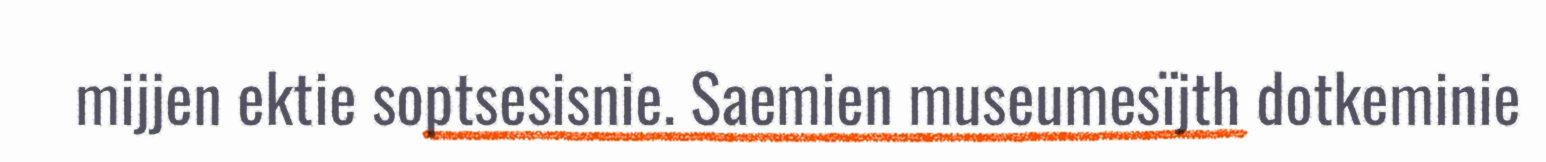
mijjen ektie soptsesisnie. Saemien museumesïjth dotkeminie